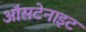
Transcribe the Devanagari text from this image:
ऑसटेनाइट